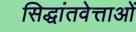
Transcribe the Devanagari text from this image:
सिद्धांतवेत्ताओं